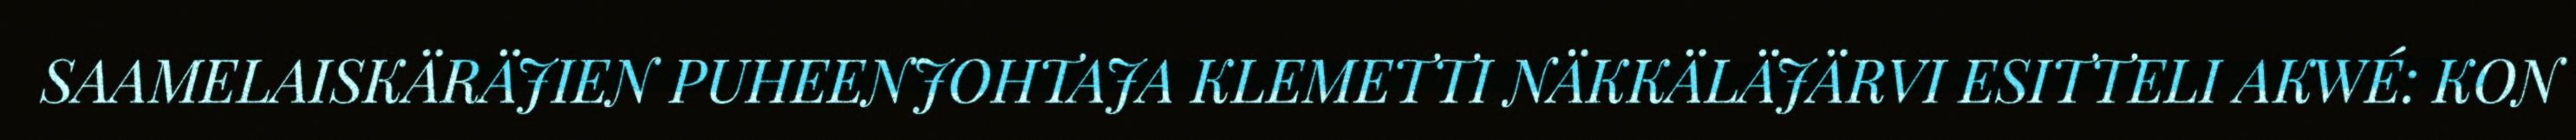
SAAMELAISKÄRÄJIEN PUHEENJOHTAJA KLEMETTI NÄKKÄLÄJÄRVI ESITTELI AKWÉ: KON